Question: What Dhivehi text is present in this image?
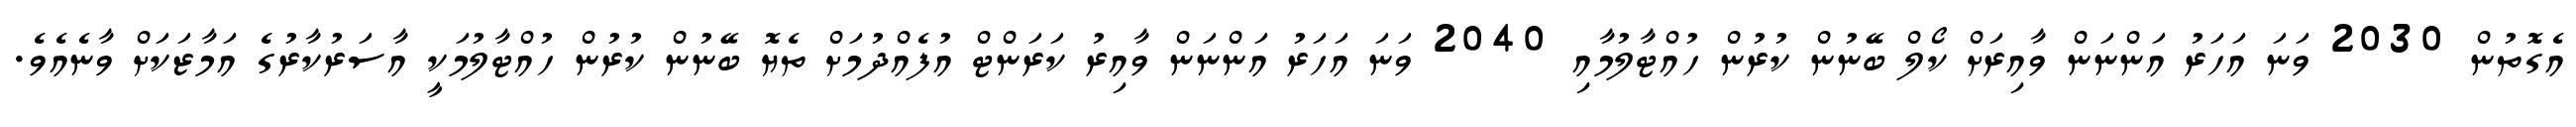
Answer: އެގޮތުން 2030 ވަނަ އަހަރު އަންނަން ވާއިރަށް ކޯލް ބޭނުން ކުރުން ހުއްޓާލުމާއި 2040 ވަނަ އަހަރު އަންނަން ވާއިރު ކަރަންޓް އުފެއްދުމަށް ތެޔޮ ބޭނުން ކުރުން ހުއްޓާލުމަކީ އާސަރުކާރުގެ އަމާޒަކަށް ވާނެއެވެ.